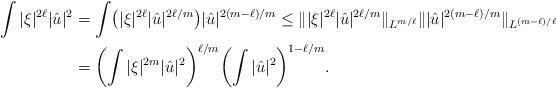
LaTeX: \begin{align*}\int |\xi|^{2\ell}|\hat u|^2&=\int \bigl(|\xi|^{2\ell}|\hat u|^{2\ell/m}\bigr) |\hat u|^{2(m-\ell)/m}\leq \||\xi|^{2\ell}|\hat u|^{2\ell/m}\|_{L^{m/\ell}} \| |\hat u|^{2(m-\ell)/m}\|_{L^{(m-\ell)/\ell}}\\&=\biggl(\int |\xi|^{2m}|\hat u|^2\biggr)^{\ell/m}\biggl(\int |\hat u|^2\biggr)^{1-\ell/m}.\end{align*}